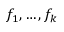
f _ { 1 } , \ldots , f _ { k }